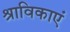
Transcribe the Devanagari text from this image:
श्राविकाएं